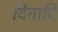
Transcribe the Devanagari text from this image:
दिनादि